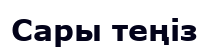
Сары теңіз